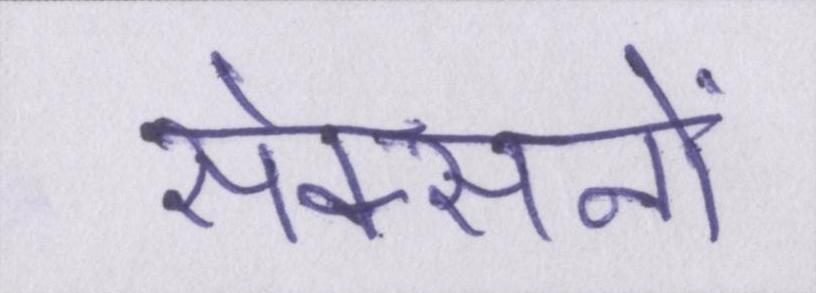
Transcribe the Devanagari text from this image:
सेक्सनों